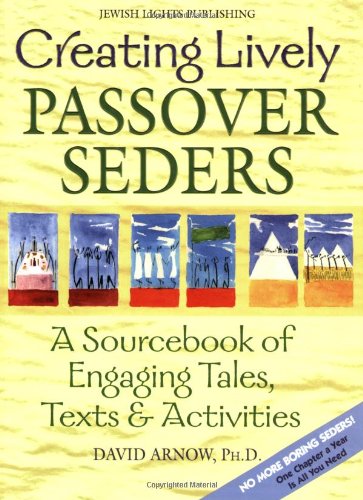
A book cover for Creating Lively Passover Seders: A Sourcebook of Engaging Tales, Texts & Activities; David Arnow; Religion & Spirituality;